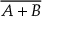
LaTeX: \overline { { A + B } }